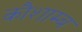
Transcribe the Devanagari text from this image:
कौशाम्ब